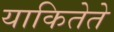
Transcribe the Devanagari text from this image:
याकितेते